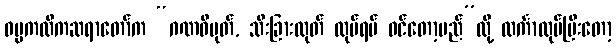
ဓမ္မကထိကဆရာတော်က “ဂဏဝိမုတ်, သီးခြားထုတ် လုပ်ရပ် ဝင်တော့မည်”လို့ လင်္ကာလုပ်ပြီးတော့